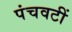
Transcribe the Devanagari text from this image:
पंचवटीं